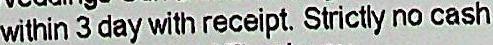
WITHIN 3 DAY WITH RECEIPT. STRICTLY NO CASH